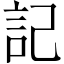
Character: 記